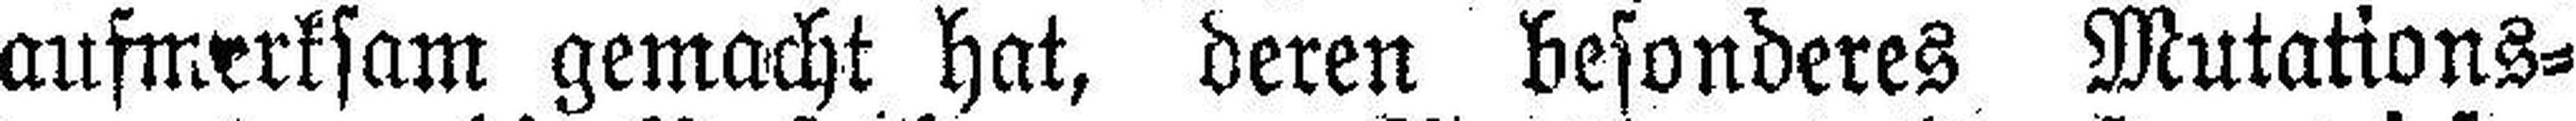
aufmerksam gemacht hat, deren besonderes Mutations¬